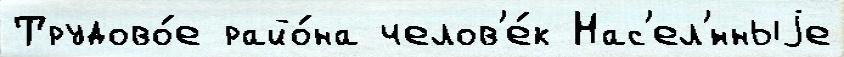
Трудово́е райо́на челов'е́к Нас'ел'́нныjе